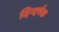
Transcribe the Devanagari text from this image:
दिग्दर्षक